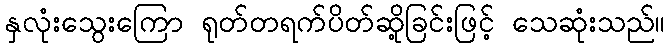
နှလုံးသွေးကြော ရုတ်တရက်ပိတ်ဆို့ခြင်းဖြင့် သေဆုံးသည်။